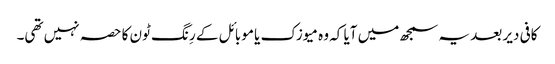
کافی دیر بعد یہ سمجھ میں آیا کہ وہ میوزک یا موبائل کے رِنگ ٹون کا حصہ نہیں تھی۔